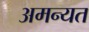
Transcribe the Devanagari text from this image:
अमन्यत